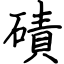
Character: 磧